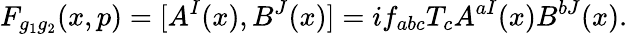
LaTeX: F_{g_{1}g_{2}}(x,p)=[A^{I}(x),B^{J}(x)]=if_{abc}T_{c}A^{aI}(x)B^{bJ}(x).